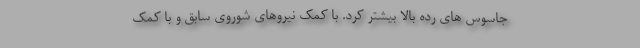
جاسوس های رده بالا بیشتر کرد. با کمک نیروهای شوروی سابق و با کمک